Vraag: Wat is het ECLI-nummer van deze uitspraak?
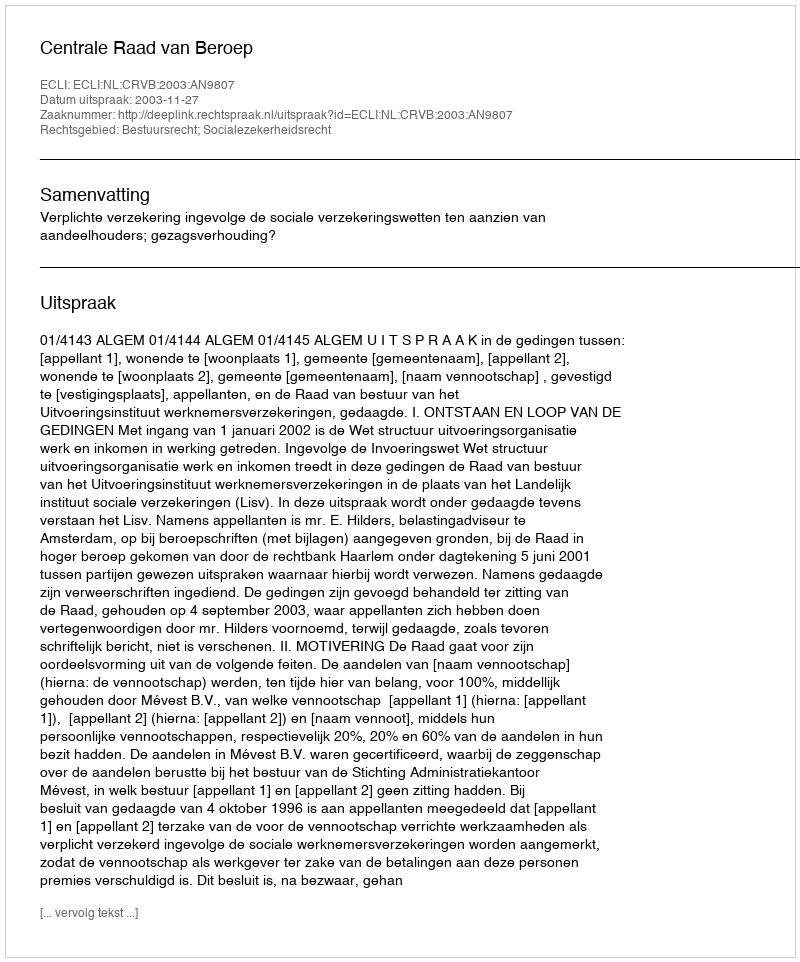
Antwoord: ECLI:NL:CRVB:2003:AN9807